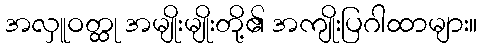
အလှူဝတ္ထု အမျိုးမျိုးတို့၏ အကျိုးပြဂါထာများ။